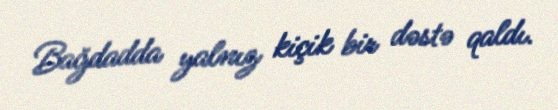
Bağdadda yalnız kiçik bir dəstə qaldı.